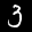
Digit: 3